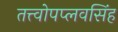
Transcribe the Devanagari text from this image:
तत्त्वोपप्लवसिंह